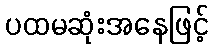
ပထမဆုံးအနေဖြင့်